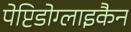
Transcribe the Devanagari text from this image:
पेप्टिडोग्लाइकैन